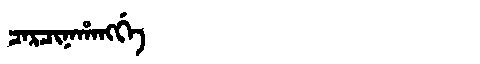
Manchu: ᠴᠠᡵᠴᡳᠨᠠᡥᠠᠩᡤᡝ
Romanization: CARCINAHANGGE